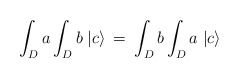
\begin{align*}\int_{D} a \int_{D} b \; | c \rangle \: = \: \int_{D} b\int_{D} a \; | c \rangle\end{align*}